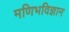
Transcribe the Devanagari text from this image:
मणिभविज्ञान